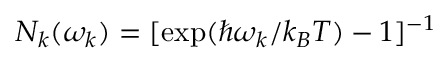
N _ { k } ( \omega _ { k } ) = [ \mathrm { e x p } ( \hbar \omega _ { k } / k _ { B } T ) - 1 ] ^ { - 1 }